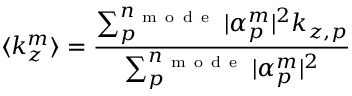
\langle k _ { z } ^ { m } \rangle = \frac { \sum _ { p } ^ { n _ { \mathrm { ~ m ~ o ~ d ~ e ~ } } } | \alpha _ { p } ^ { m } | ^ { 2 } k _ { z , p } } { \sum _ { p } ^ { n _ { \mathrm { ~ m ~ o ~ d ~ e ~ } } } | \alpha _ { p } ^ { m } | ^ { 2 } }